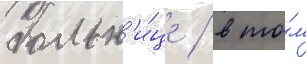
больн'и́це / в то́м